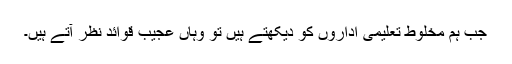
جب ہم مخلوط تعلیمی اداروں کو دیکھتے ہیں تو وہاں عجیب قوائد نظر آتے ہیں۔